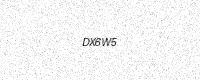
Text: DX6W5